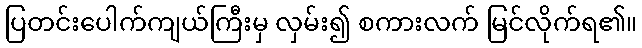
ပြတင်းပေါက်ကျယ်ကြီးမှ လှမ်း၍ စကားလက် မြင်လိုက်ရ၏။